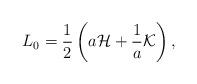
LaTeX: \begin{align*}L_0={1\over 2}\left(a{\cal H}+{1\over a}{\cal K}\right),\end{align*}